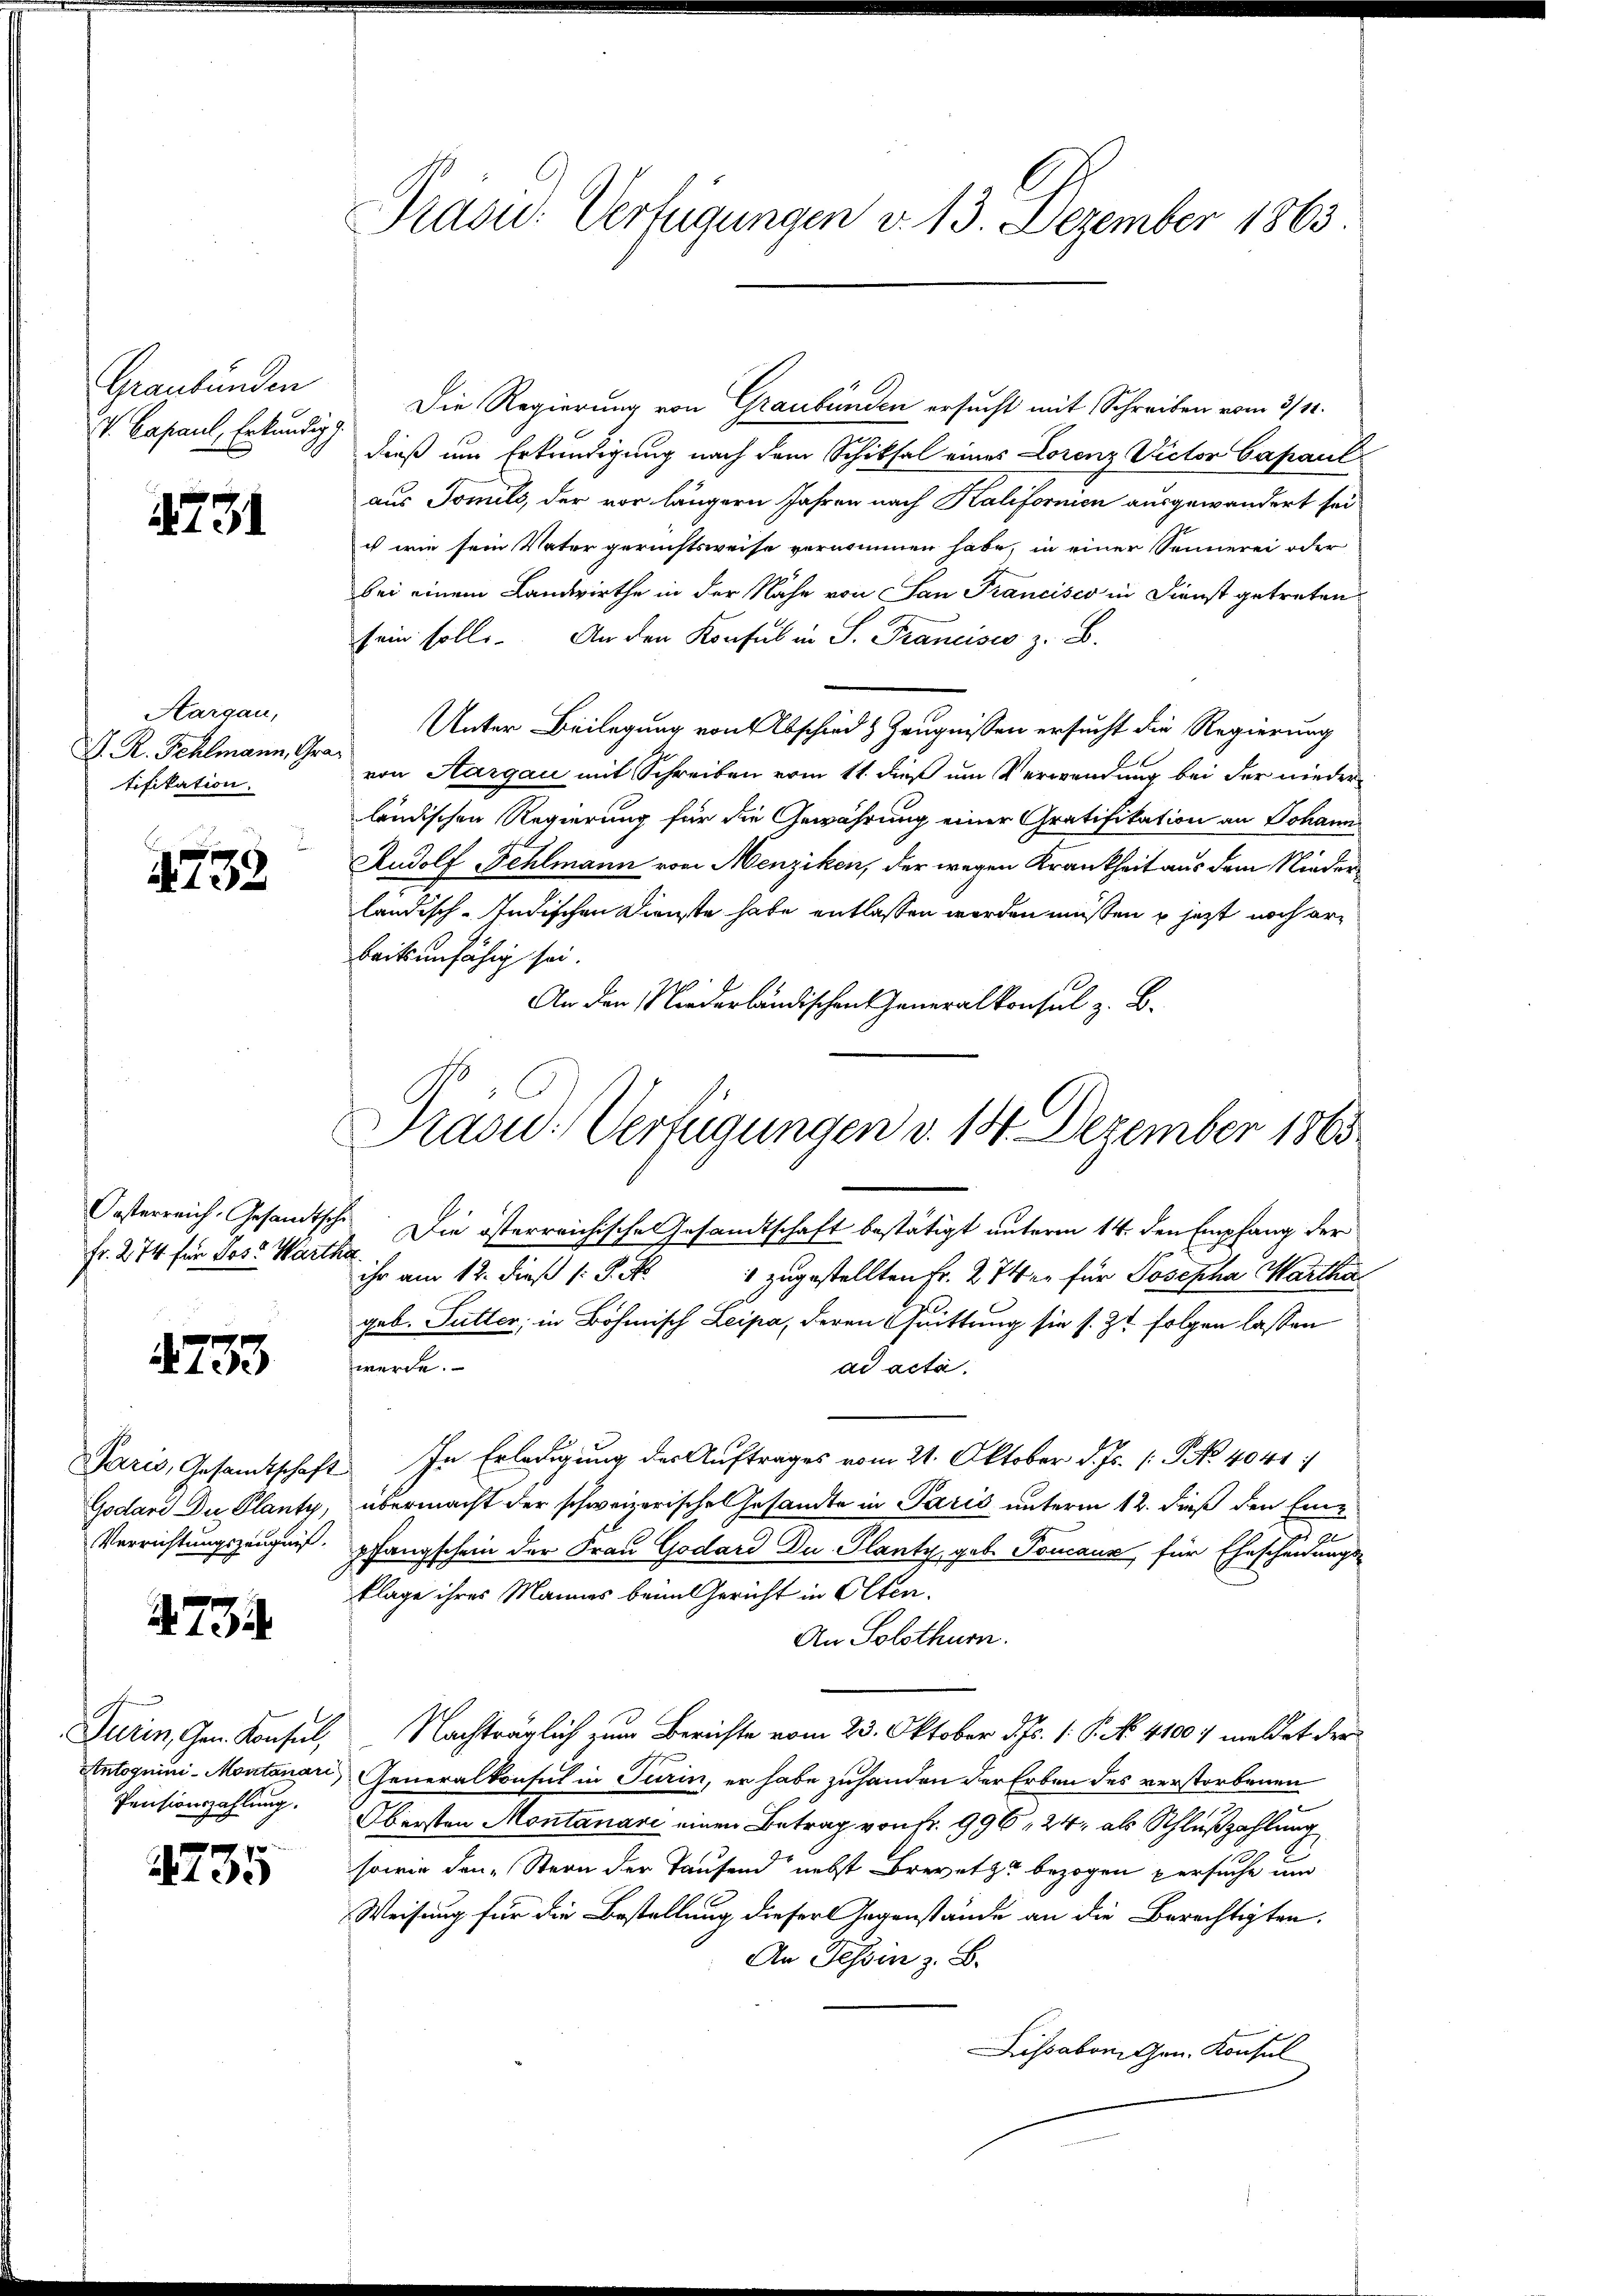
Graubünden
V. Capaul, Erkundigg.

2231

Aargau,
M. R. Fehlmann, Gratifikation.

739.

Oesterreich, Gesandtsch
Fr. 274 für Jos. Warth.

4733

Paris, Gesamtschaft
Godare Du Planty,
Verrichtungszeugniß.

A. 734.

Turin, Gen. Konsul,
Antoguini-Montanari
Pensionszahlung.

735

Präsid. Verfügungen v. 13. Dezember 1863.

Die Regierung von Graubünden ersucht mit Schreiben vom 3/11.
dieß um Erkundigung nach dem Schiksal eines Lorenz Victor Capaul
aus Tomils, der vor längern Jahren nach Kalifornien ausgewandert sei
cs wie sein Vater gerichtsweise vernommen habe, in einer Sonnerei oder
bei einem Landwirthe in der Nähe von San Francisco in Dienst getreten
sein solle. An den Konsul in S. Francises z. B.
Unter Beilegung von Abschied z Zeugnissen ersucht die Regierung
von Aargau mit Schreiben vom 11. dieß um Verwendung bei der nieder
ländischen Regierung für die Gewährung einer Gratifikation an Johann
Rudolf Fehlmann von Menziken, der wegen Krankheit aus dem Niederländisch-Indischen Dienste habe entlassen worden müßen u jetzt noch erbeitsunfähig sei.
An den Niederländischen Generalkonsul z. B.
 Die österreichische Gesamtschaft bestätigt unterm 14. den Empfang der
.
ihr am 12. dieß (: P. M.
 zugestellten Fr. 274 en für Josepha Marthageb. Sutter; in Böhmisch Leipa, deren Quittung sie s. Z. folgen lassen
werde.
ad acta.
In Erledigung der Auftrages vom 21. Oktober d. Js. [No 4041 :
übermacht der schweizerische Gesandte in Paris unterm 12. dieß den Einpfangschein der Frau Godard Du. Planty, geb. Toncaur für Ehescheidungs-
klage ihres Mannes beim Gericht in Olten.
An Solothurn.
Nachträglich zum Berichte vom 23. Oktober d. Js. 1. P. No. 41007 meldet der
Generalkonsul in Turin, er habe zuhanden der Erben des verstorbenen
Obersten Montanari einen Betrag von Fr. 996, 24, als Schlußzahlung
sowie den Stern der Taufend nebst Brevet zu bezogen persuche und
Weisung für die Bestellung dieser Gegenstände an die Berechtigten.
An Tessin z. B.
Lissabon Gen. Konsul

Präved: Verfügungen v. 14. Dezember 1863